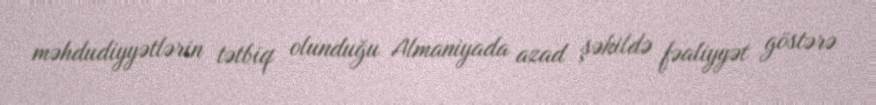
məhdudiyyətlərin tətbiq olunduğu Almaniyada azad şəkildə fəaliyyət göstərə